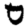
Digit: 0